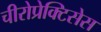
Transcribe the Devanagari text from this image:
चीरोप्रेक्टिसेस